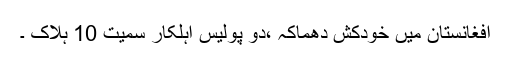
افغانستان میں خودکش دھماکہ ،دو پولیس اہلکار سمیت 10 ہلاک ۔